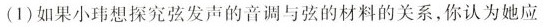
(1)如果小玮想探究弦发声的音调与弦的材料的关系，你认为她应